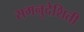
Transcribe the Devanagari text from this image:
समनुदेशिती